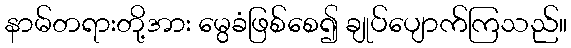
နာမ်တရားတို့အား မွေခံဖြစ်စေ၍ ချုပ်ပျောက်ကြသည်။